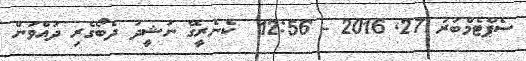
ސެޕްޓެމްބަރު 27